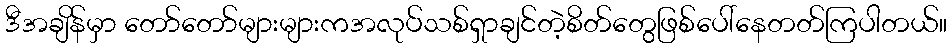
ဒီအချိန်မှာ တော်တော်များများကအလုပ်သစ်ရှာချင်တဲ့စိတ်တွေဖြစ်ပေါ်နေတတ်ကြပါတယ်။